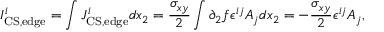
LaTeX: I _ { \mathrm { C S , e d g e } } ^ { i } = \int J _ { \mathrm { C S , e d g e } } ^ { i } d x _ { 2 } = { \frac { \sigma _ { x y } } { 2 } } \int \partial _ { 2 } f \epsilon ^ { i j } A _ { j } d x _ { 2 } = - { \frac { \sigma _ { x y } } { 2 } } \epsilon ^ { i j } A _ { j } ,